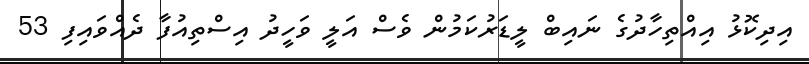
އިދިކޮޅު އިއްތިހާދުގެ ނައިބް ލީޑަރުކަމުން ވެސް އަލީ ވަހީދު އިސްތިއުފާ ދެއްވައިފި 53